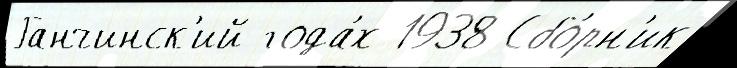
Ганчинск'ий года́х 1938 Сбо́рн'ик